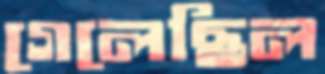
গেলেছিল